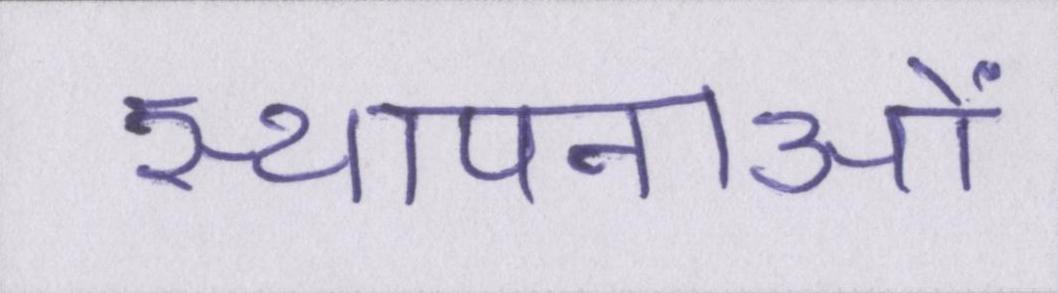
स्थापनाओं